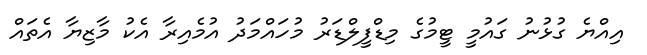
އިއްޔެ ގުޅުނު ގައުމީ ޓީމުގެ މިޑްފީލްޑަރު މުހައްމަދު އުމެއިރާ އެކު މާޒިޔާ އެތައް